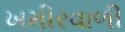
ખમીરવાળી